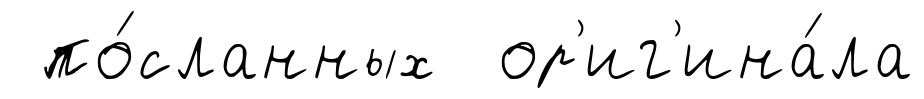
по́сланных ор'иг'ина́ла